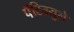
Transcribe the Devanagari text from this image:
पॅटिग्र्युने